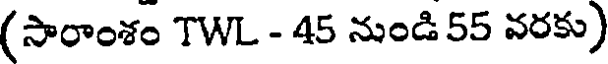
(సారాంశం TWL - 45 నుండి 55 వరకు)